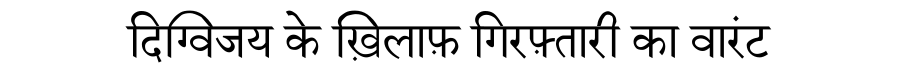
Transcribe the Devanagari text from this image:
दिग्विजय के ख़िलाफ़ गिरफ़्तारी का वारंट